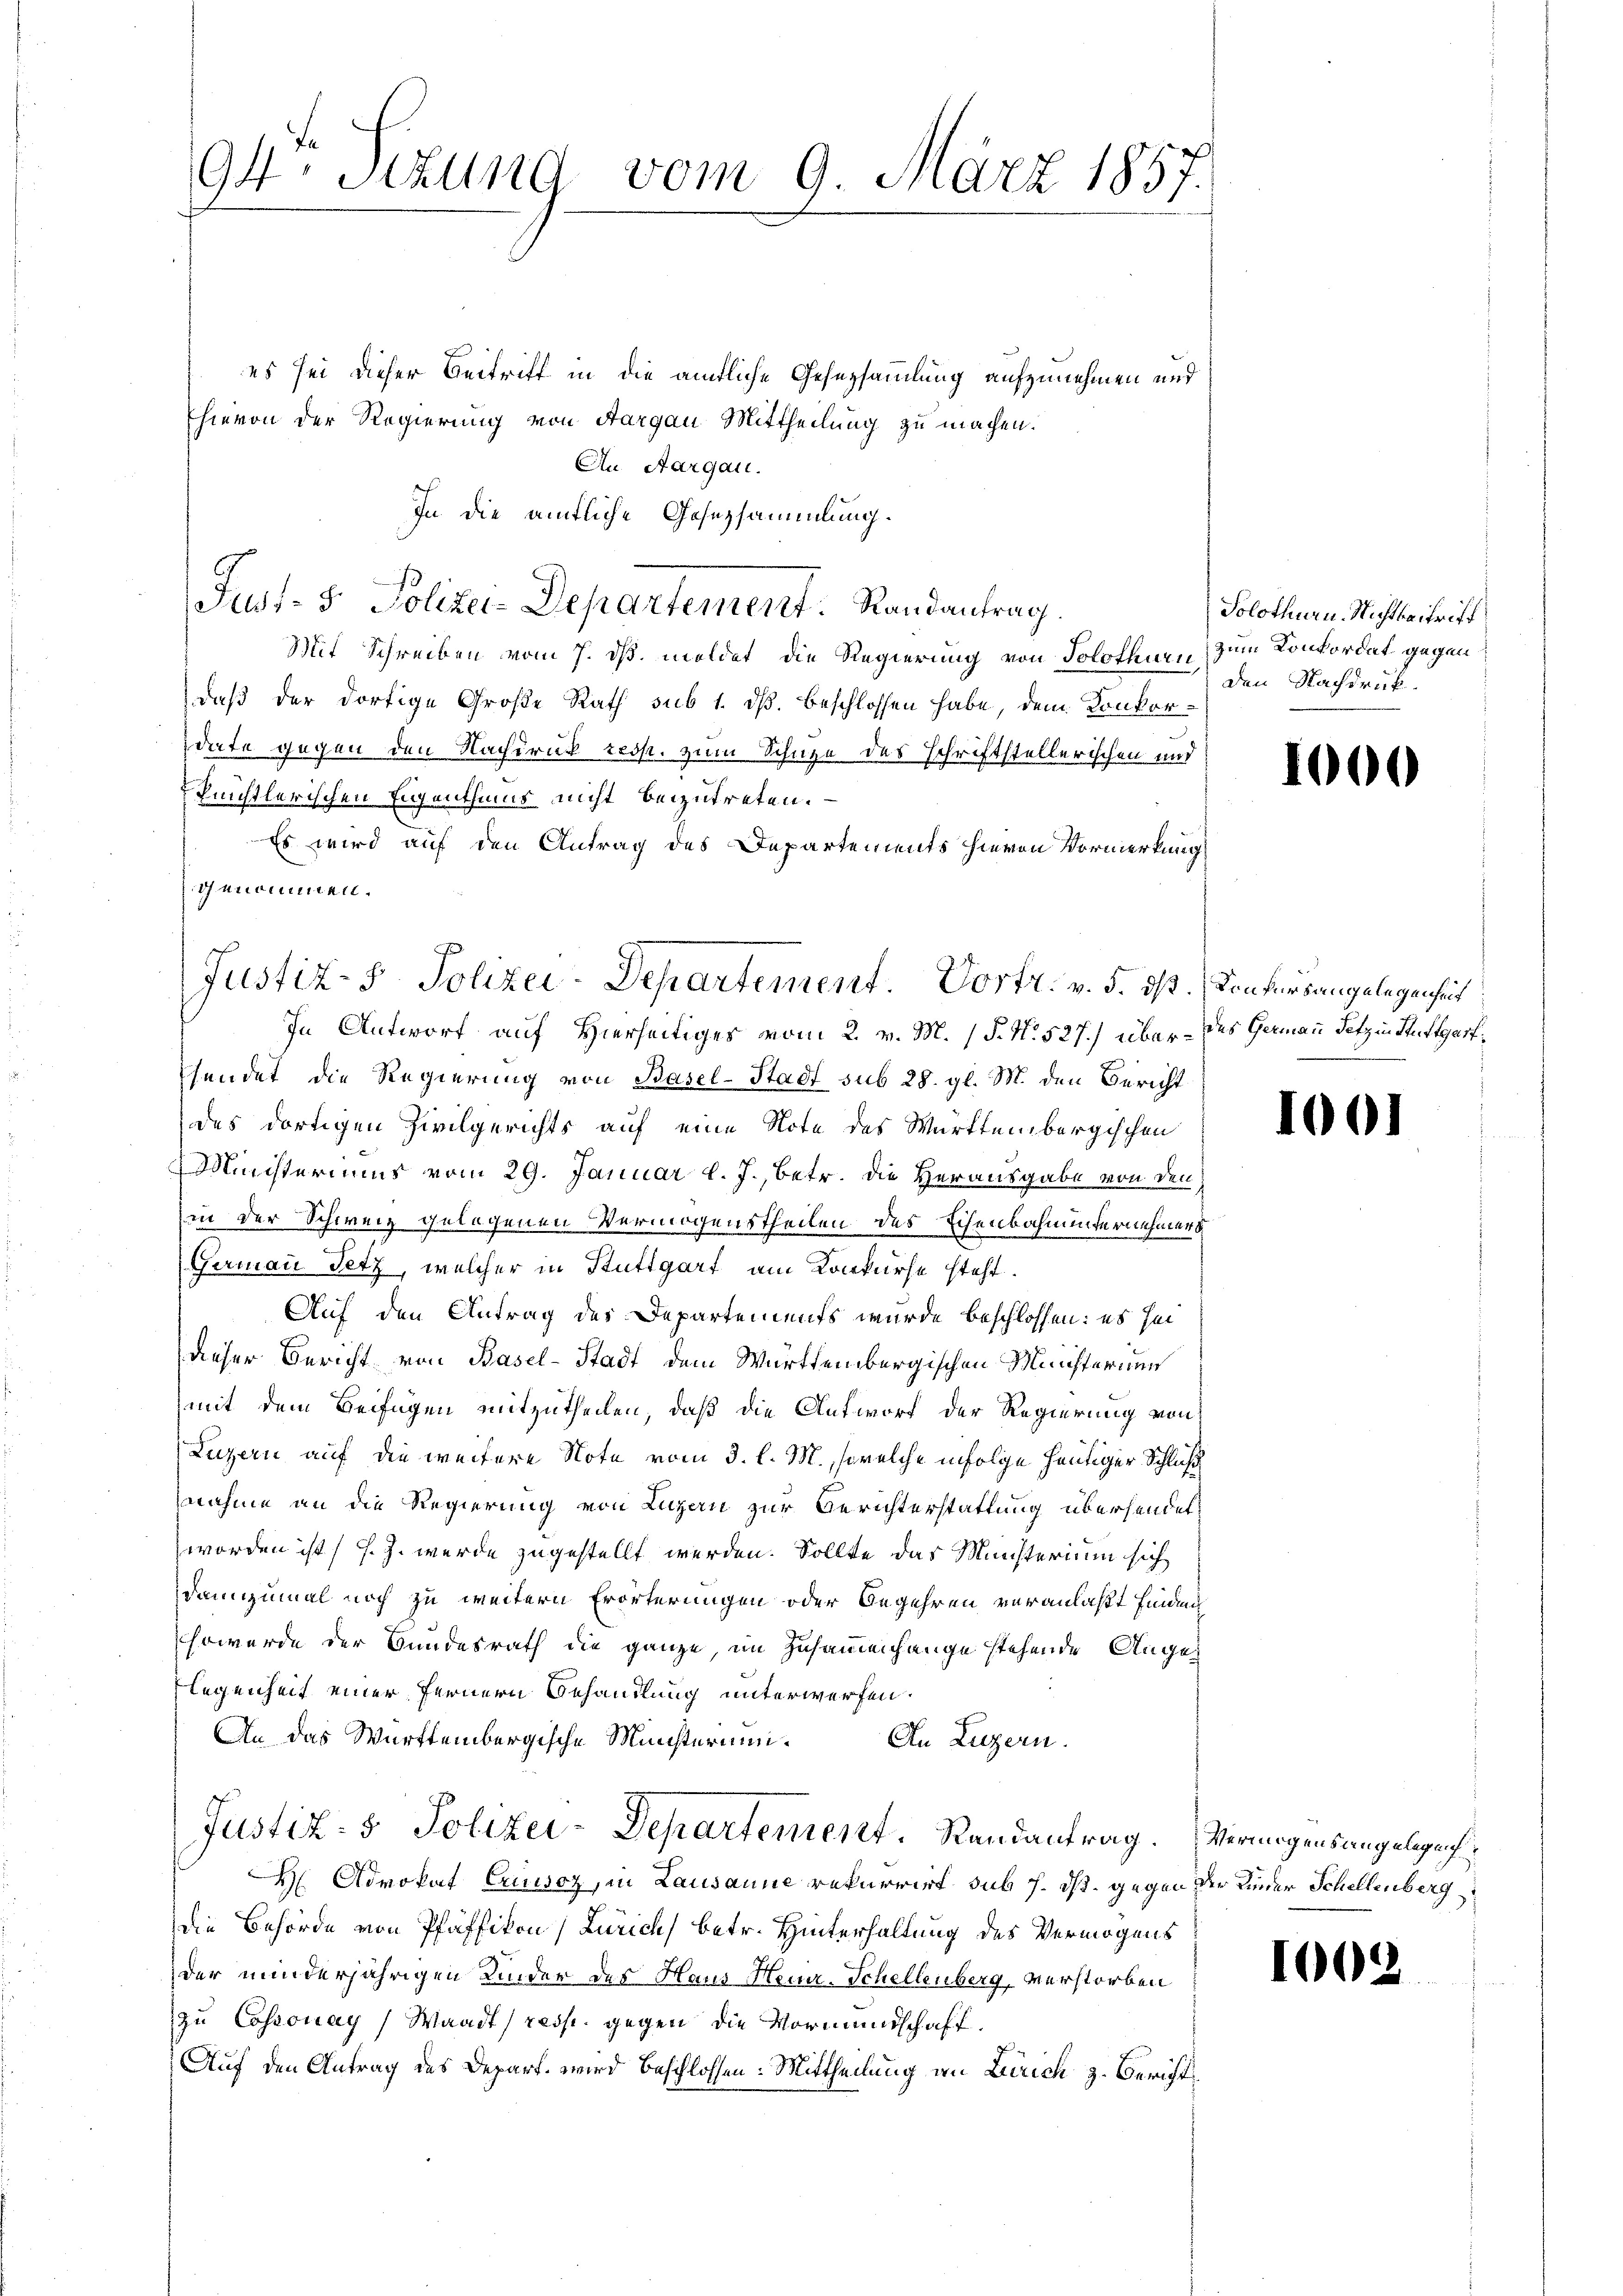
94 Stzung
vom 9. März 1857.

es sei dieser Beitriff in die ämtliche Gesersammlung aufzunehmen und
hievon der Regierung von Aargau Mittheilung zu machen.
An Aargau.
In die amtliche Gesezsammlung.
s
Mit Schreiben vom 7. ds. meldet die Regierung von Solotenen zum Konkordat gegen
daß der dortige Große Rath sub 1. dß. beschlossen habe, dem Konkordate gegen den Nachirur resp. zum Schuze des Schriftstellerischen und
Pünstlerischen Eigenthums nicht beizutreten.
Es wird auf den Antrag des Departements hievon Vormerkung
genommen.

Justiz- & Polizei-Departement. Dortt. v. 5. ds. Konkursangelegenheit

Just- 5. Polizei-Departement. Randantrag.

In Antworf auf Hierseitiges vom 2. v. M. (§. N. 527.) über - des Germann Sitz in Stuttgartsendet die Regierung von Basel-Stadt sub 28. gl. M. den Bericht
des dortigen Zivilgerichts auf eine Note des Württembergischen
Ministerimus vom 29. Januar l. J., betr. die Herausgabe von den
in der Schweiz gelegenen Vermögenstheilen des Eisenbahnunternehmers
Germau Tetz, welcher in Stuttgart am Konkurse steht.
Auf den Antrag des Departements wurde beschlossen: es sei
dieser Bericht von Basel-Stadt dem Württembergischen Ministerium
mit dem Beifügen mitzutheilen, daß die Antworf der Regierung von
Luzern auf die weitere Note vom 3. l. M., welche infolge heutiger Schluß
nnahme an die Regierung von Luzern zur Berichterstattung übersendet
worden ist (s. Z. wurde zugestellt werden. Sollte das Münsterium sich
dannzumal noch zu weitern Erörterungen oder Begehren veranlaßt finden
sowurde der Bundesrath die ganze, im Zusammenhange stehende Ange¬
Flegenheit einer Fernern Behandlung unterwerfen.
An das Württembergische Ministerium. An Luzern.
Justiz- & Polizei-Departement. Randantrag. Vermögensangelegenh
H Advokat Cuusoz, in Lausanne rekurrirt sub s. dß. gegen der Kinder Schellenberg
die Behörde von Pfäffikon, Zürich) betr. Hinterhaltung des Vermögens
der minderjährigen Kinder des Haus Heuer-Schellenberg, verstorben
zu Cossonay) Waadt (resp. gegen die Vormundschaft
Auf den Antrag des Depart wird beschlossen: Mittheilung an Zürich z. Bericht

Solothurn. Nichtbeitritt
Den Nachdruck.

1000

1001

1